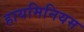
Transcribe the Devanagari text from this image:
हायमिनियम